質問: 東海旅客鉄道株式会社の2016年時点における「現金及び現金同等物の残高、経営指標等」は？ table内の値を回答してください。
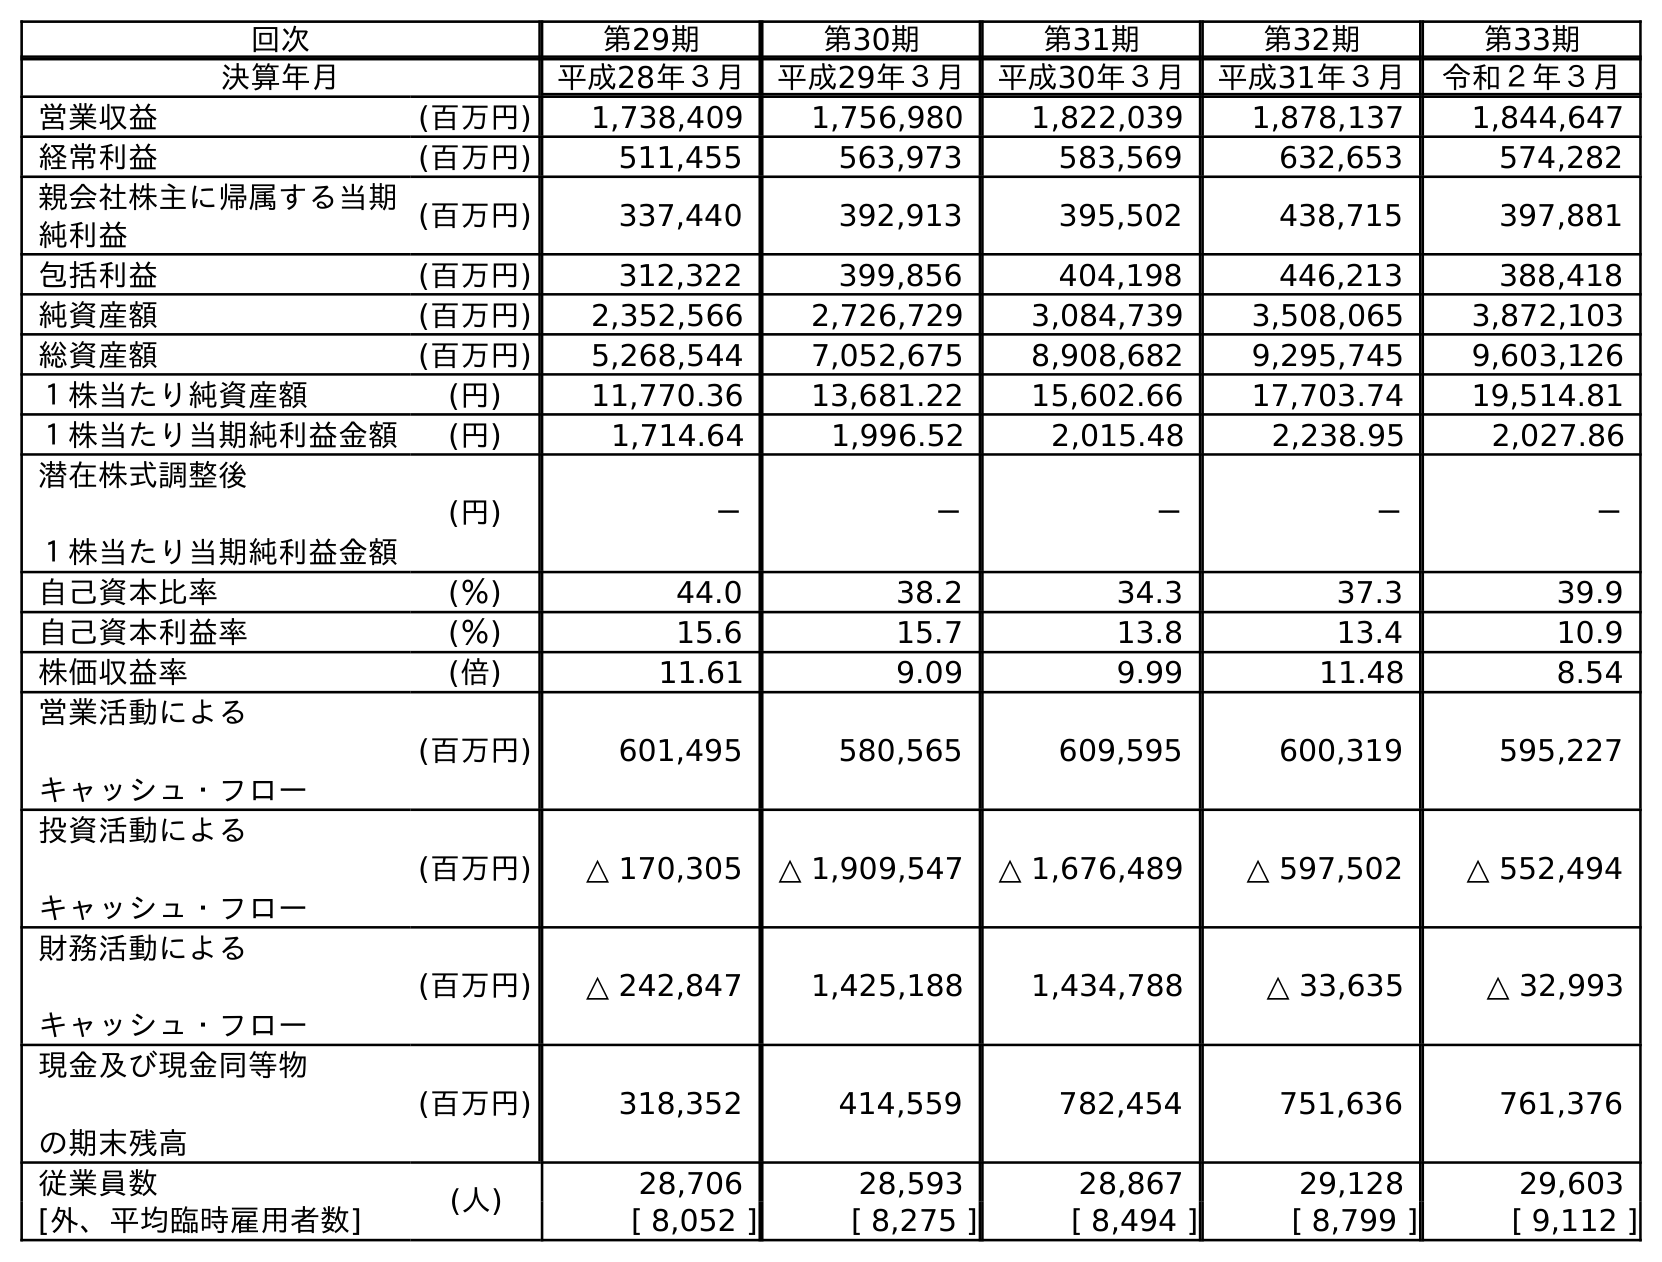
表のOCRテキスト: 回次 第29期 第30期 第31期 第32期 第33期 決算年月 平成28年３月 平成29年３月 平成30年３月 平成31年３月 令和２年３月 営業収益 (百万円) 1,738,409 1,756,980 1,822,039 1,878,137 1,844,647 経常利益 (百万円) 511,455 563,973 583,569 632,653 574,282 親会社株主に帰属する当期 純利益 (百万円) 337,440 392,913 395,502 438,715 397,881 包括利益 (百万円) 312,322 399,856 404,198 446,213 388,418 純資産額 (百万円) 2,352,566 2,726,729 3,084,739 3,508,065 3,872,103 総資産額 (百万円) 5,268,544 7,052,675 8,908,682 9,295,745 9,603,126 １株当たり純資産額 (円) 11,770.36 13,681.22 15,602.66 17,703.74 19,514.81 １株当たり当期純利益金額 (円) 1,714.64 1,996.52 2,015.48 2,238.95 2,027.86 潜在株式調整後 １株当たり当期純利益金額 (円) － － － － － 自己資本比率 (％) 44.0 38.2 34.3 37.3 39.9 自己資本利益率 (％) 15.6 15.7 13.8 13.4 10.9 株価収益率 (倍) 11.61 9.09 9.99 11.48 8.54 営業活動による キャッシュ・フロー (百万円) 601,495 580,565 609,595 600,319 595,227 投資活動による キャッシュ・フロー (百万円) △ 170,305 △ 1,909,547 △ 1,676,489 △ 597,502 △ 552,494 財務活動による キャッシュ・フロー (百万円) △ 242,847 1,425,188 1,434,788 △ 33,635 △ 32,993 現金及び現金同等物 の期末残高 (百万円) 318,352 414,559 782,454 751,636 761,376 従業員数 (人) 28,706 28,593 28,867 29,128 29,603 [外、平均臨時雇用者数] [ 8,052 ] [ 8,275 ] [ 8,494 ] [ 8,799 ] [ 9,112 ]
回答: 318,352